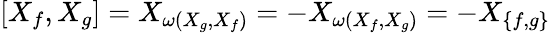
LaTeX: [X_{f},X_{g}]=X_{\omega(X_{g},X_{f})}=-X_{\omega(X_{f},X_{g})}=-X_{\{ f,g\} }